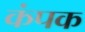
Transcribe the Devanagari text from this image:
कंपक